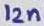
Text: 12n